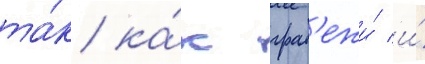
та́к ка́к граб'ежи́ и́